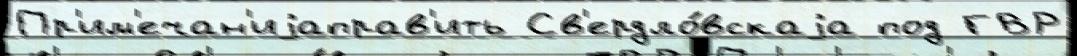
Пр'им'ечан'иjаправ'ить Св'ердло́вскаjа под ГВР